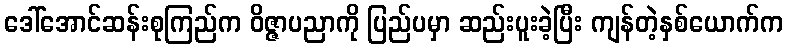
ဒေါ်အောင်ဆန်းစုကြည်က ဝိဇ္ဇာပညာကို ပြည်ပမှာ ဆည်းပူးခဲ့ပြီး ကျန်တဲ့နှစ်ယောက်က